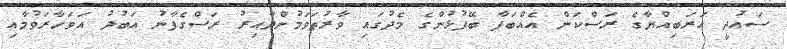
ސައުދީ އަރަބިއްޔާގެ ރަސްކަން އެއްބަފާ ބޭފުޅުންގެ މެދުގައި ވާރުތަވަމުންދާއިރު ރަސްގެފާނު އަބުދު އަވަހާރަވުމާއި